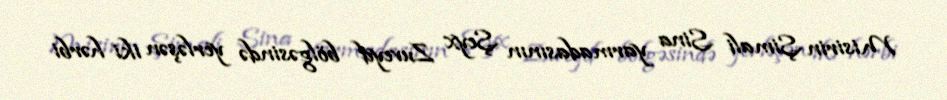
Misirin Şimali Sina yarmadasının Şeyx Zuveyd bölgəsində yerləşən iki hərbi